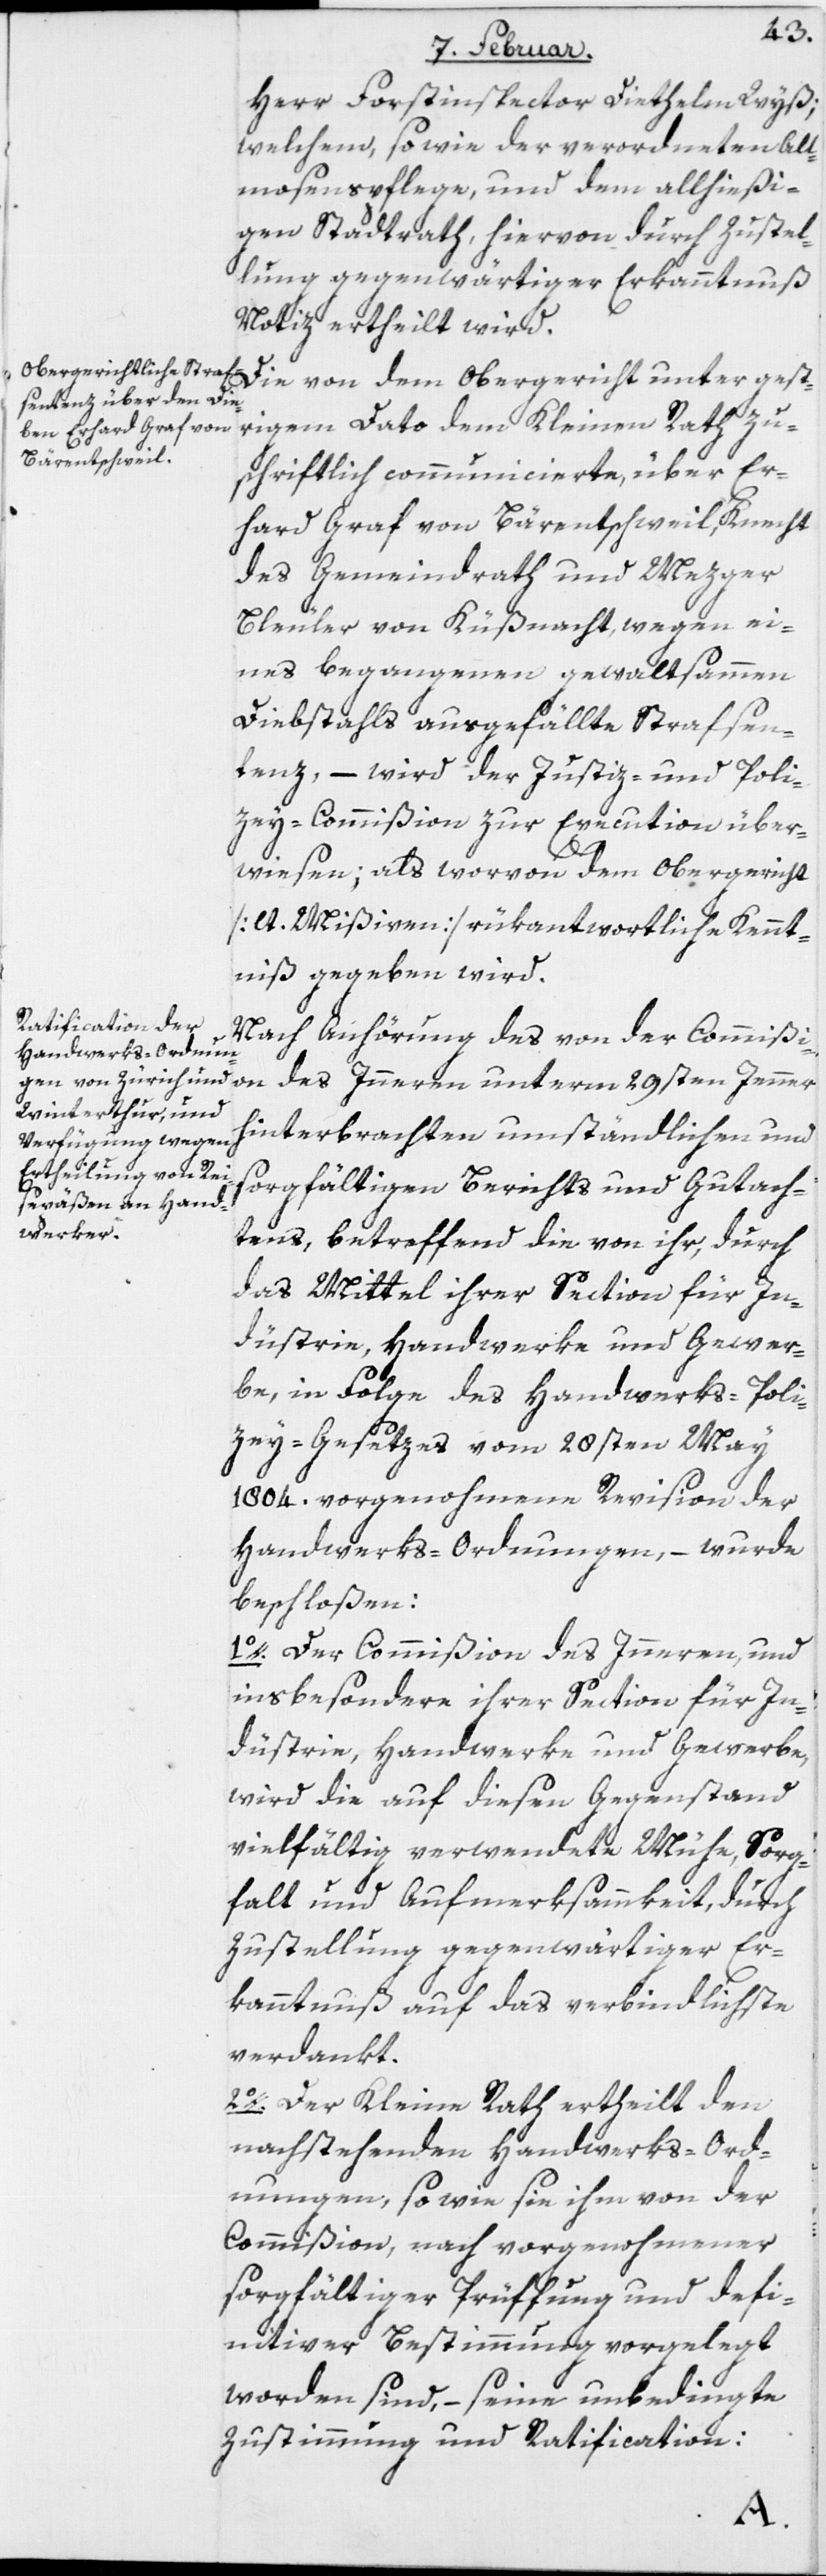
Herr Forstinspector Diethelm Wyß;
welchem, so wie der verordneten All¬
mosenspflege, und dem allhießi¬
gen Stadtrath, hiervon durch Zustel¬
lung gegenwärtiger Erkanntnuß
Notiz ertheilt wird.
Die von dem Obergericht unter gest¬
rigem Dato dem Kleinen Rath zu¬
schriftlich communicierte, über Er¬
hard Graf von Bärentschweil, Knecht
des Gemeindrath und Mezger
Bleuler von Küßnacht, wegen ei¬
nes begangenen gewaltsammen
Diebstahls ausgefällte Strafsen¬
tenz, – wird der Justiz- und Poli¬
zey-Commißion zur Execution über¬
wiesen; als worvon dem Obergericht
[lt. Missiven] rükantwortliche Kennt¬
niß gegeben wird.
Nach Anhörung des von der Commißion
hinterbrachten umständlichen und
sorgfältigen Berichts und Gutach¬
tens, betreffend die von ihr, durch
das Mittel ihrer Section für In¬
düstrie, Handwerke und Gewer¬
be, in Folge des Handwerks-Poli¬
zey-Gesetzes vom 28sten May
1804. vorgenohmene Revision der
Handwerks-Ordnungen, – wurde
beschloßen:
1o. Der Commißion des Inneren, und
insbesondere ihrer Section für In¬
düstrie, Handwerke und Gewerbe,
wird die auf diesen Gegenstand
vielfältig verwendete Mühe, Sorg¬
falt und Aufmerksammkeit, durch
Zustellung gegenwärtiger Er¬
kanntnuß auf das verbindlichste
verdankt.
2o. Der Kleine Rath ertheilt den
nachstehenden Handwerks-Ord¬
nungen, so wie sie ihm von der
Commißion, nach vorgenohmener
sorgfältiger Prüffung und defi¬
nitiver Bestimmung vorgelegt
worden sind, – seine unbedingte
Zustimmung und Ratification: